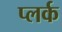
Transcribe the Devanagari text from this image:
प्लर्क